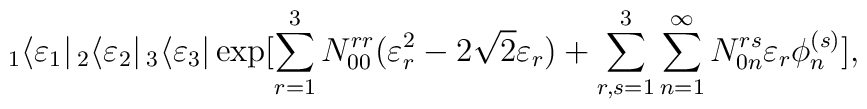
_1\langle \varepsilon _1|\,_2\langle \varepsilon _2|\,_3\langle \varepsilon _3|\exp [\sum_{r=1}^{3}N^{rr}_{00}(\varepsilon _r^2-2\sqrt{2}\varepsilon _r)+\sum _{r,s=1}^{3}\sum_{n=1}^{\infty}N^{rs}_{0n}\varepsilon _r\phi ^{(s)}_n],